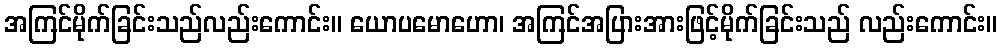
အကြင်မိုက်ခြင်းသည်လည်းကောင်း။ ယောပမောဟော၊ အကြင်အပြားအားဖြင့်မိုက်ခြင်းသည် လည်းကောင်း။